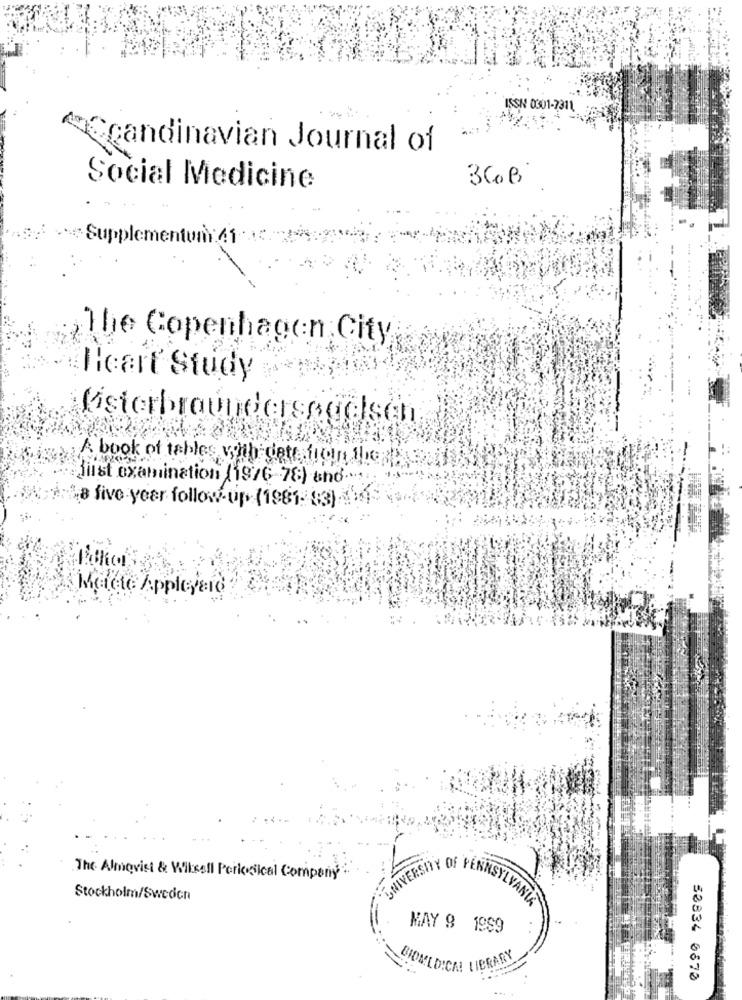
ISSN 0301-7311
Scandinavian Journal of
36 B
Social Medicine
Supplementum:61.
The Copenhagen City
Heart Study
A book of tables with dete fion thereyou
first examination (1976-78) sho .....
"a five year follow-up (1981- 83)-19
Macte Appleyard
UNIVERSITY OF
The Almovist & Willsell Porlogical Company
NNSY
Stockholm/Sweden
MAY 9 1989
BIOMEDICAL LIBRARY
50834 0870